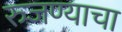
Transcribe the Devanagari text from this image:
रुजण्याचा